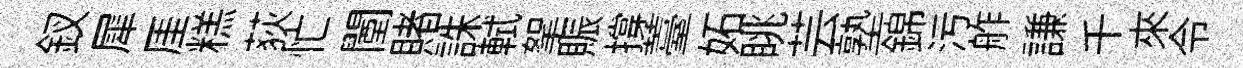
釵犀厓糕荻忙闉賭誅軾挐賑撐薹妬眺芸塾錦污舴謙千來令